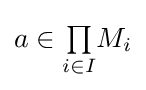
a\in {\textstyle \prod \limits _{i\in I}}M_{i}